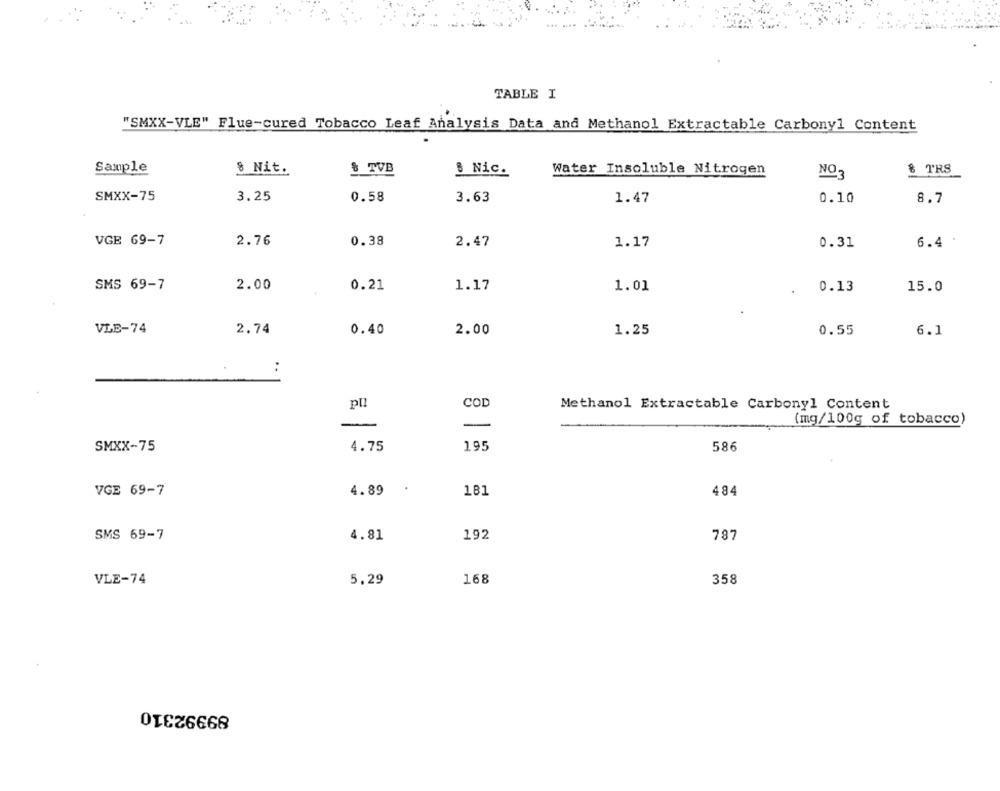
TABLE I
"SMXX-VLE" Flue-cured Tobacco Leaf Analysis Data and Methanol Extractable Carbonyl Content
Sample
8 Nit.
8 TVB
& Nic.
Water Insoluble Nitrogen
NO3
& TRS
SMXX-75
3.25
0.58
3.63
0.10
1.47
8.7
VGE 69-7
2.76
0.38
2.47
1.17
0.31
6.4
2.00
0.21
SMS 69-7
1.17
1.01
0.13
15.0
VLE-74
2.74
0.40
2.00
1.25
0.55
6.1
:
pll
COD
Methanol Extractable Carbonyl Content
-
(mg/100g of tobacco)
SMXX-75
4.75
195
586
.
484
VGE 69-7
4.89
181
SMS 69-7
4.81
192
787
VLE-74
5.29
168
358
89992310